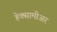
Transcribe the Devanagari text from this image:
हेक्सामीअर